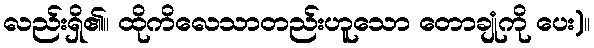
လည်းရှိ၏။ ထိုကိလေသာတည်းဟူသော တောချုံကို ပေး)။